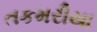
તકમરીયા